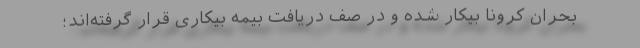
بحران کرونا بیکار شده و در صف دریافت بیمه بیکاری قرار گرفته‌اند؛